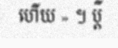
ហើយ » ។ ប្តី